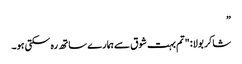
”
شاکر بولا: "تم بہت شوق سے ہمارے ساتھ رہ سکتی ہو۔